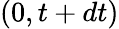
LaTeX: (0,t+dt)